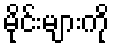
မိုင်းများကို